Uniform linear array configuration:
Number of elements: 16
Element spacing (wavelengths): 1
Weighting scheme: hamming
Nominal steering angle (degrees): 15
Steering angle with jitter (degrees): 16.686
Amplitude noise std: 0.05
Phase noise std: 0.05

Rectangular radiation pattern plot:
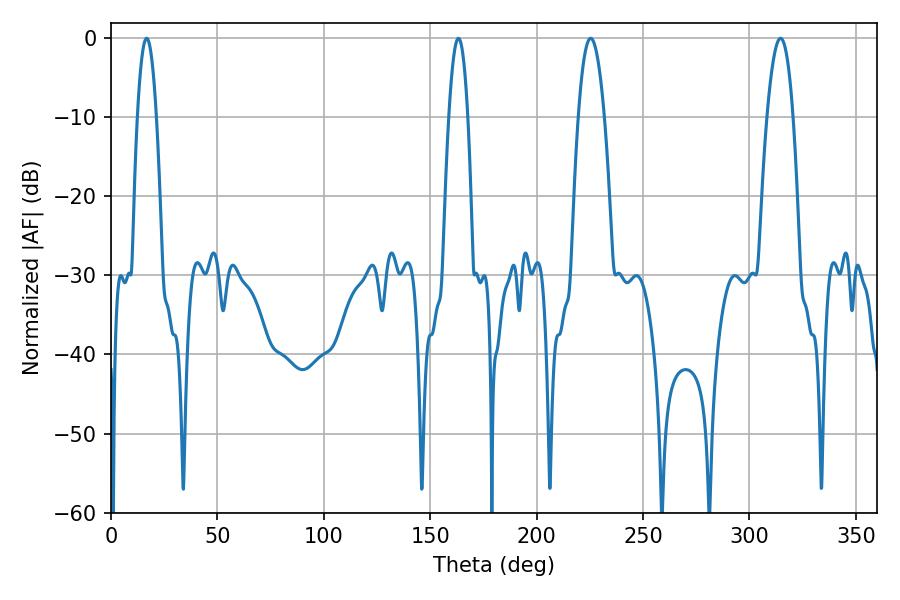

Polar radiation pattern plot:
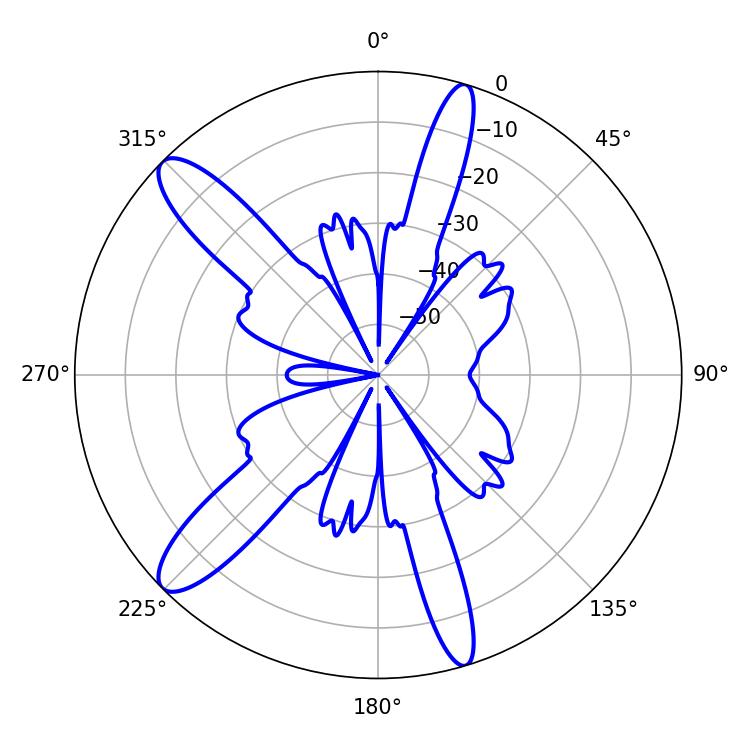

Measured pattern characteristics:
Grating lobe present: TRUE
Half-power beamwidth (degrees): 4.86
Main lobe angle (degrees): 16.74